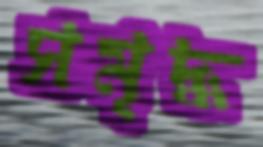
সমৃদ্ধ